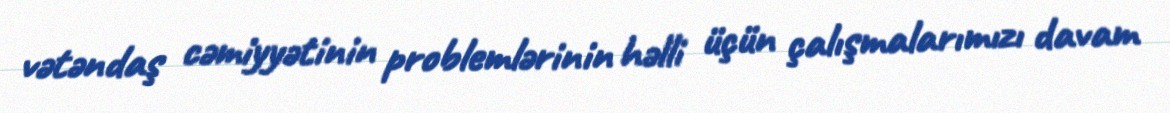
vətəndaş cəmiyyətinin problemlərinin həlli üçün çalışmalarımızı davam